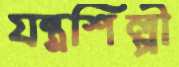
যন্ত্রশিল্পী